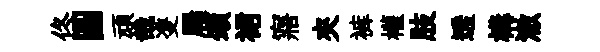
佟圆頑哉㕠屨頌裙寤夾裤權肢透構澈